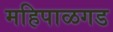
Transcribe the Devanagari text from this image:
महिपाळगड